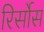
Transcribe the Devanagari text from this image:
रिर्सोस